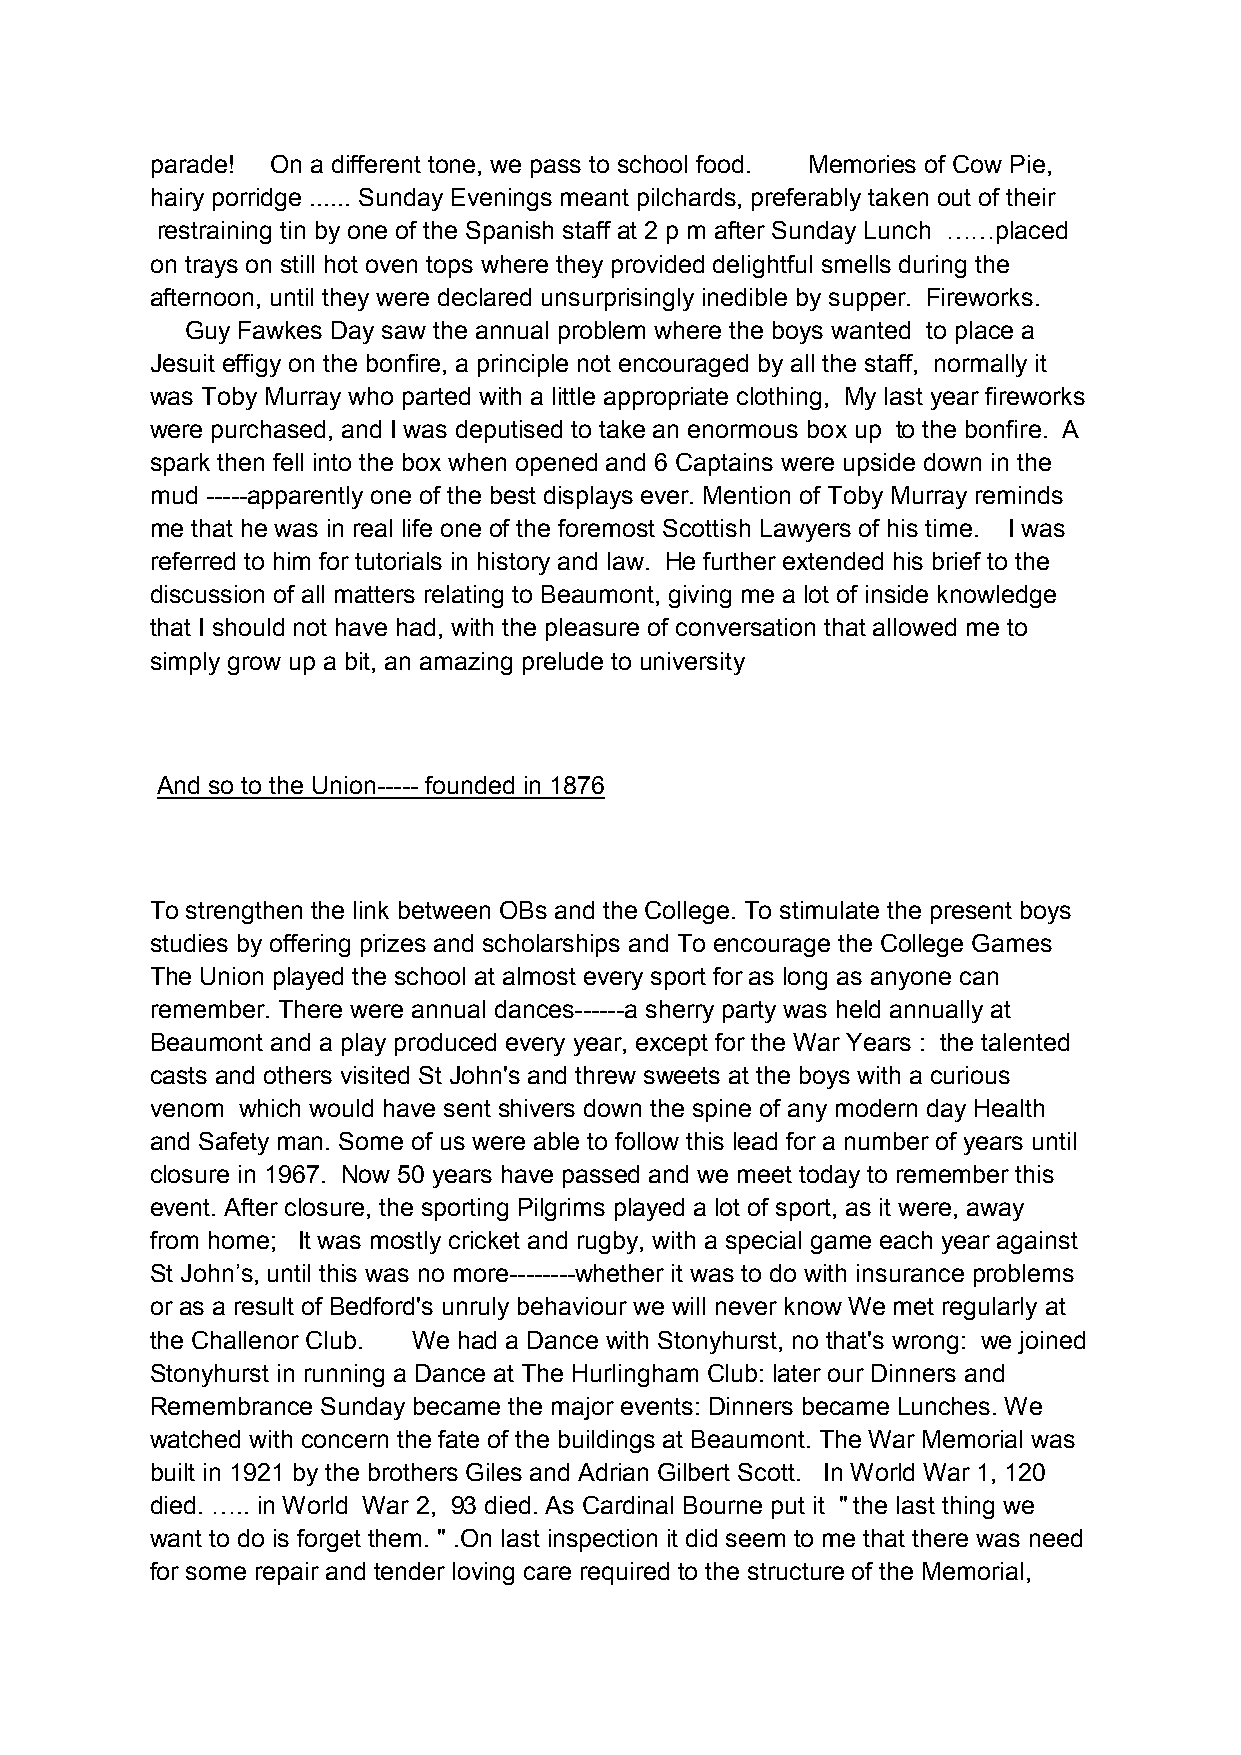
parade! On a different tone, we pass to school food. Memories of Cow Pie,
 hairy porridge ...... Sunday Evenings meant pilchards, preferably taken out of their
 restraining tin by one of the Spanish staff at 2 p m after Sunday Lunch ……placed
 on trays on still hot oven tops where they provided delightful smells during the
 afternoon, until they were declared unsurprisingly inedible by supper. Fireworks.
 Guy Fawkes Day saw the annual problem where the boys wanted to place a
 Jesuit effigy on the bonfire, a principle not encouraged by all the staff, normally it
 was Toby Murray who parted with a little appropriate clothing, My last year fireworks
 were purchased, and I was deputised to take an enormous box up to the bonfire. A
 spark then fell into the box when opened and 6 Captains were upside down in the
 mud -----apparently one of the best displays ever. Mention of Toby Murray reminds
 me that he was in real life one of the foremost Scottish Lawyers of his time. I was
 referred to him for tutorials in history and law. He further extended his brief to the
 discussion of all matters relating to Beaumont, giving me a lot of inside knowledge
 that I should not have had, with the pleasure of conversation that allowed me to
 simply grow up a bit, an amazing prelude to university
 And so to the Union----- founded in 1876
 To strengthen the link between OBs and the College. To stimulate the present boys
 studies by offering prizes and scholarships and To encourage the College Games
 The Union played the school at almost every sport for as long as anyone can
 remember. There were annual dances------a sherry party was held annually at
 Beaumont and a play produced every year, except for the War Years : the talented
 casts and others visited St John's and threw sweets at the boys with a curious
 venom which would have sent shivers down the spine of any modern day Health
 and Safety man. Some of us were able to follow this lead for a number of years until
 closure in 1967. Now 50 years have passed and we meet today to remember this
 event. After closure, the sporting Pilgrims played a lot of sport, as it were, away
 from home; It was mostly cricket and rugby, with a special game each year against
 St John’s, until this was no more--------whether it was to do with insurance problems
 or as a result of Bedford's unruly behaviour we will never know We met regularly at
 the Challenor Club. We had a Dance with Stonyhurst, no that's wrong: we joined
 Stonyhurst in running a Dance at The Hurlingham Club: later our Dinners and
 Remembrance Sunday became the major events: Dinners became Lunches. We
 watched with concern the fate of the buildings at Beaumont. The War Memorial was
 built in 1921 by the brothers Giles and Adrian Gilbert Scott. In World War 1, 120
 died. ….. in World War 2, 93 died. As Cardinal Bourne put it " the last thing we
 want to do is forget them. " .On last inspection it did seem to me that there was need
 for some repair and tender loving care required to the structure of the Memorial,